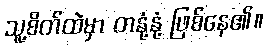
သူ့စိတ်ထဲမှာ တနုံ့နုံ့ ဖြစ်နေ၏။